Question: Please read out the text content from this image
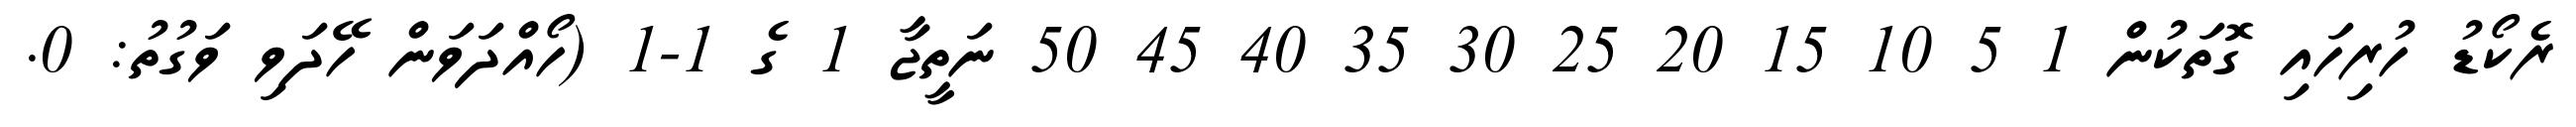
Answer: ރެކޯޑު ހުރިހައި ގޮތަކުން 1 5 10 15 20 25 30 35 40 45 50 ނަތީޖާ 1 ގެ 1-1 (ހޯއްދަވަން ހޭދަވި ވަގުތު: 0.